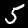
Label: 5